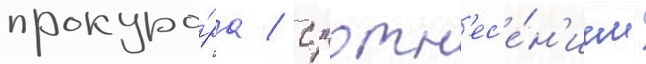
прокуро́ра / с "отн'ес'е́н'ием